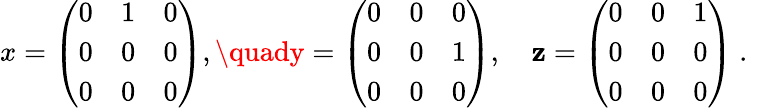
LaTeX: x=\left({\begin{array}{ccc}{0}&{1}&{0}\\ {0}&{0}&{0}\\ {0}&{0}&{0}\end{array}}\right),\quady=\left({\begin{array}{ccc}{0}&{0}&{0}\\ {0}&{0}&{1}\\ {0}&{0}&{0}\end{array}}\right),\quad\mathbf{z}=\left({\begin{array}{ccc}{0}&{0}&{1}\\ {0}&{0}&{0}\\ {0}&{0}&{0}\end{array}}\right)~.\quad